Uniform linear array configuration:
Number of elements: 64
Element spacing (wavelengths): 0.5
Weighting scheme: binomial
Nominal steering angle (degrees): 60
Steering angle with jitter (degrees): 58.366
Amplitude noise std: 0.05
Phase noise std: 0.05

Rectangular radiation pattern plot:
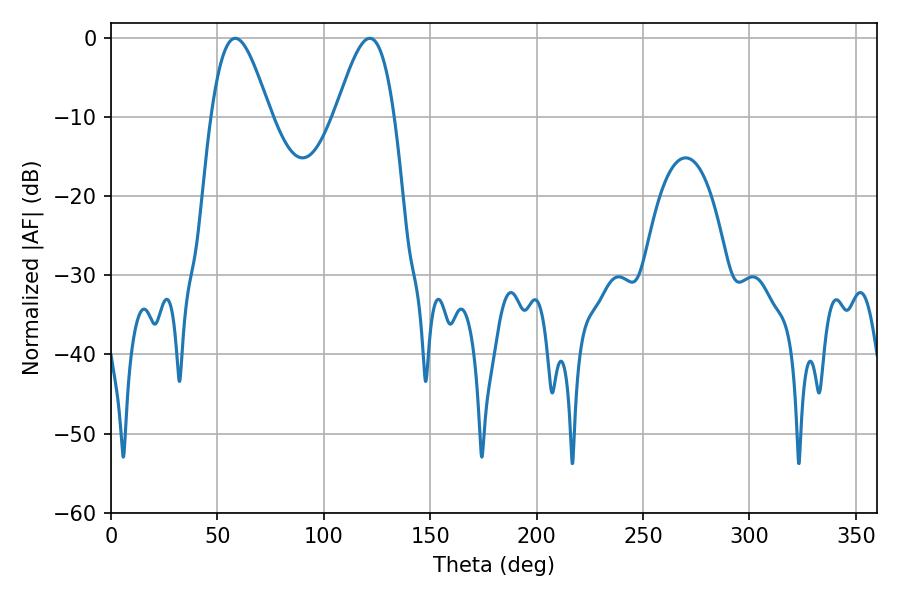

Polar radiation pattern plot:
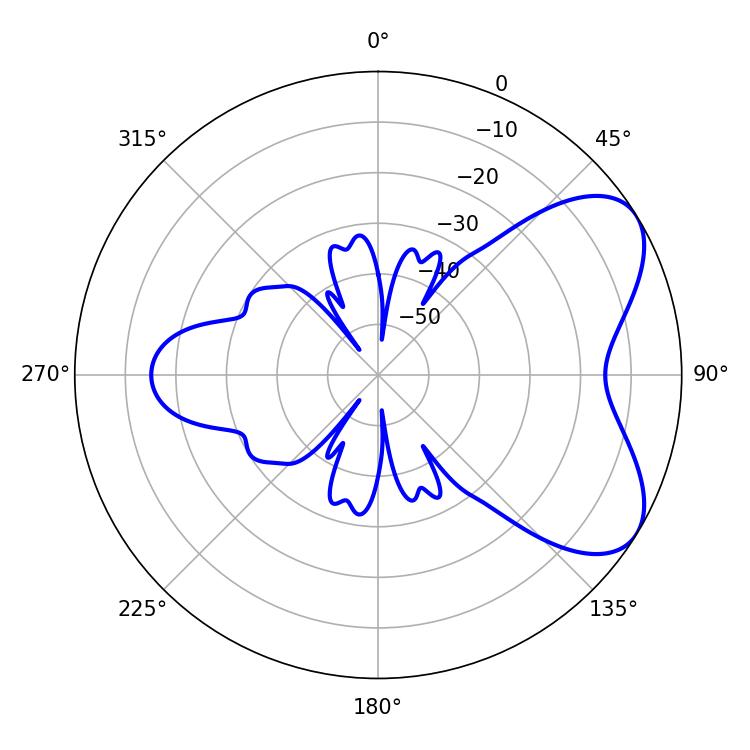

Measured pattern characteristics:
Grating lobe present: FALSE
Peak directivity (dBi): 6.083
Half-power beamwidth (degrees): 14.76
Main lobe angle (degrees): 58.32